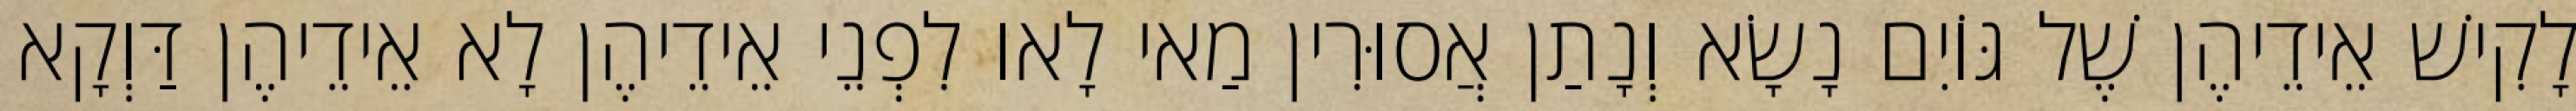
לָקִישׁ אֵידֵיהֶן שֶׁל גּוֹיִם נָשָׂא וְנָתַן אֲסוּרִין מַאי לָאו לִפְנֵי אֵידֵיהֶן לָא אֵידֵיהֶן דַּוְקָא